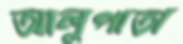
আলুপাতা